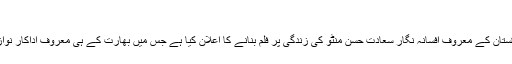
جمعہ, 27 مئی 2016 02:01
لاہور : بھارتی ڈائریکٹر نندیتا داس نے پاکستان کے معروف افسانہ نگار سعادت حسن منٹو کی زندگی پر فلم بنانے کا اعلان کیا ہے جس میں بھارت کے ہی معروف اداکار نواز الدین صدیقی منٹو کا کردار ادا کریں گے۔